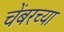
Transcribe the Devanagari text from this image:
चेंबरच्या